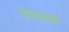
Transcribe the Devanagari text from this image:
दोषोत्पत्ति